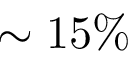
\sim 1 5 \%